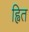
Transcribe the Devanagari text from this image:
ह्वित